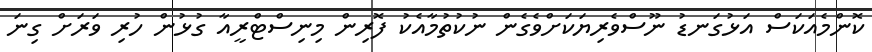
ކޮންމެއަކަސް އަޅުގަނޑު ނޫސްވެރިޔަކަށްވެގެން ނުކުތުމާއެކު ފޮރިން މިނިސްޓްރީއާ ގުޅުން ހުރި ވަރަށް ގިނަ